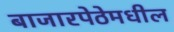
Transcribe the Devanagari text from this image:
बाजारपेठेमधील